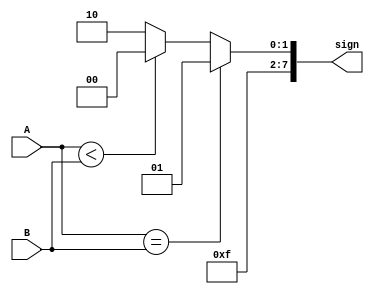
module Comparator(
    output  [7:0] sign,
    input   [7:0] A, B
);
    assign sign = A == B ? "=" : (A < B ? "<" : ">");
     
endmodule

module exercise6_1;
    reg     [7:0] A, B;
    wire    [7:0] sign;

    Comparator c(sign, A, B);

    initial begin
        $display("Comparing 8-bit input A & B\n");
        $display("A\t\tB\t\t\tComparison");
        $monitor("%b\t%b\t\tA %s B", A,B,sign);

            A=8'd0;     B=8'd0;
        #2  A=8'd21;    B=8'd129;
        #2  A=8'd224;   B=8'd7;
        #2  A=8'd2;     B=8'd7;
        #2  A=8'd9;     B=8'd2;
        #2 $finish; 
    end

endmodule //exercise6_1